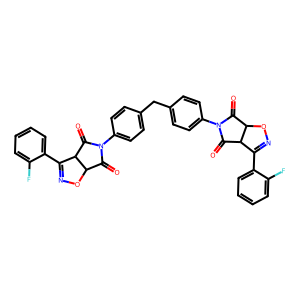
SMILES: O=C1C2ON=C(c3ccccc3F)C2C(=O)N1c1ccc(Cc2ccc(N3C(=O)C4ON=C(c5ccccc5F)C4C3=O)cc2)cc1
Inhibits HIV replication: No